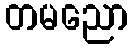
တမညော